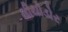
થીયોડોર